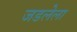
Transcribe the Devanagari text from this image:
जडलेला